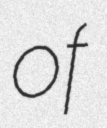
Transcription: of